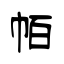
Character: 帞